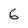
Character: 6